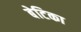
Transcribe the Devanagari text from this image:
बेटिका